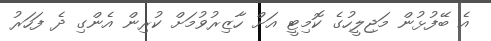
އެ ބޭފުޅުން މަޖިލީހުގެ ކޮމިޓީ އަށް ހާޒިރުވުމަށް ކުރިން އެންގި ދެ ފަހަރު